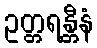
ဥတ္တရန္တီနံ